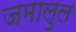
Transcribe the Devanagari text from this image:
जमालुल